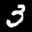
Label: 3